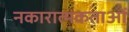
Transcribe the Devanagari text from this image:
नकारात्मकताओं